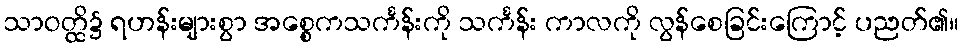
သာဝတ္ထိ၌ ရဟန်းများစွာ အစ္စေကသင်္ကန်းကို သင်္ကန်း ကာလကို လွန်စေခြင်းကြောင့် ပညတ်၏။